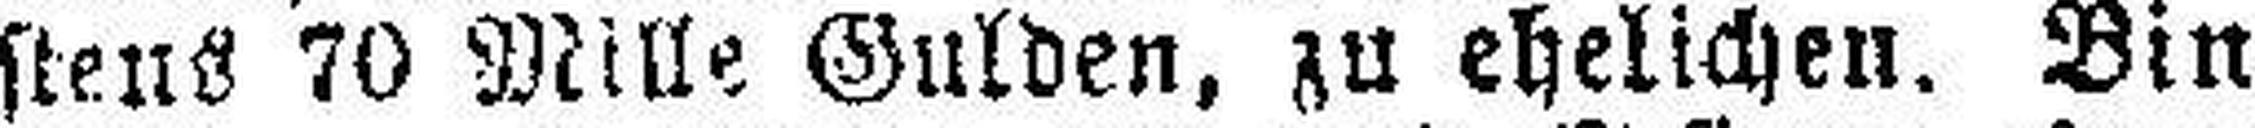
stens 70 Mille Gulden, zu ehelichen. Bin